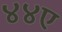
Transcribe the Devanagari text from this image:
४४ए